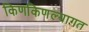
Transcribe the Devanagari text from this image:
किणकिणल्यागत